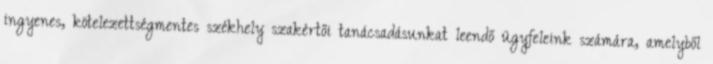
ingyenes, kötelezettségmentes székhely szakértői tanácsadásunkat leendő ügyfeleink számára, amelyből